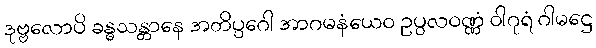
ဒုဗ္ဗလောပိ ခန္ဓသန္တာနေ အတိပ္ပဂေါ အာဂမနံယေဝ ဥပ္ပလဝဏ္ဏံ ဝါဂုရံ ဂါမဋ္ဌေ